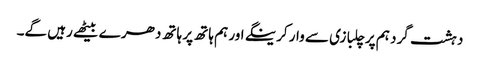
دہشت گرد ہم پر چلبازی سے وار کرینگے اور ہم ہاتھ پر ہاتھ دھر ے بیٹھے رہیں گے۔